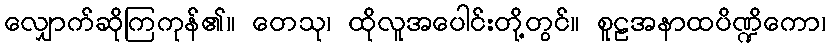
လျှောက်ဆိုကြကုန်၏။ တေသု၊ ထိုလူအပေါင်းတို့တွင်။ စူဠအနာထပိဏ္ဍိကော၊